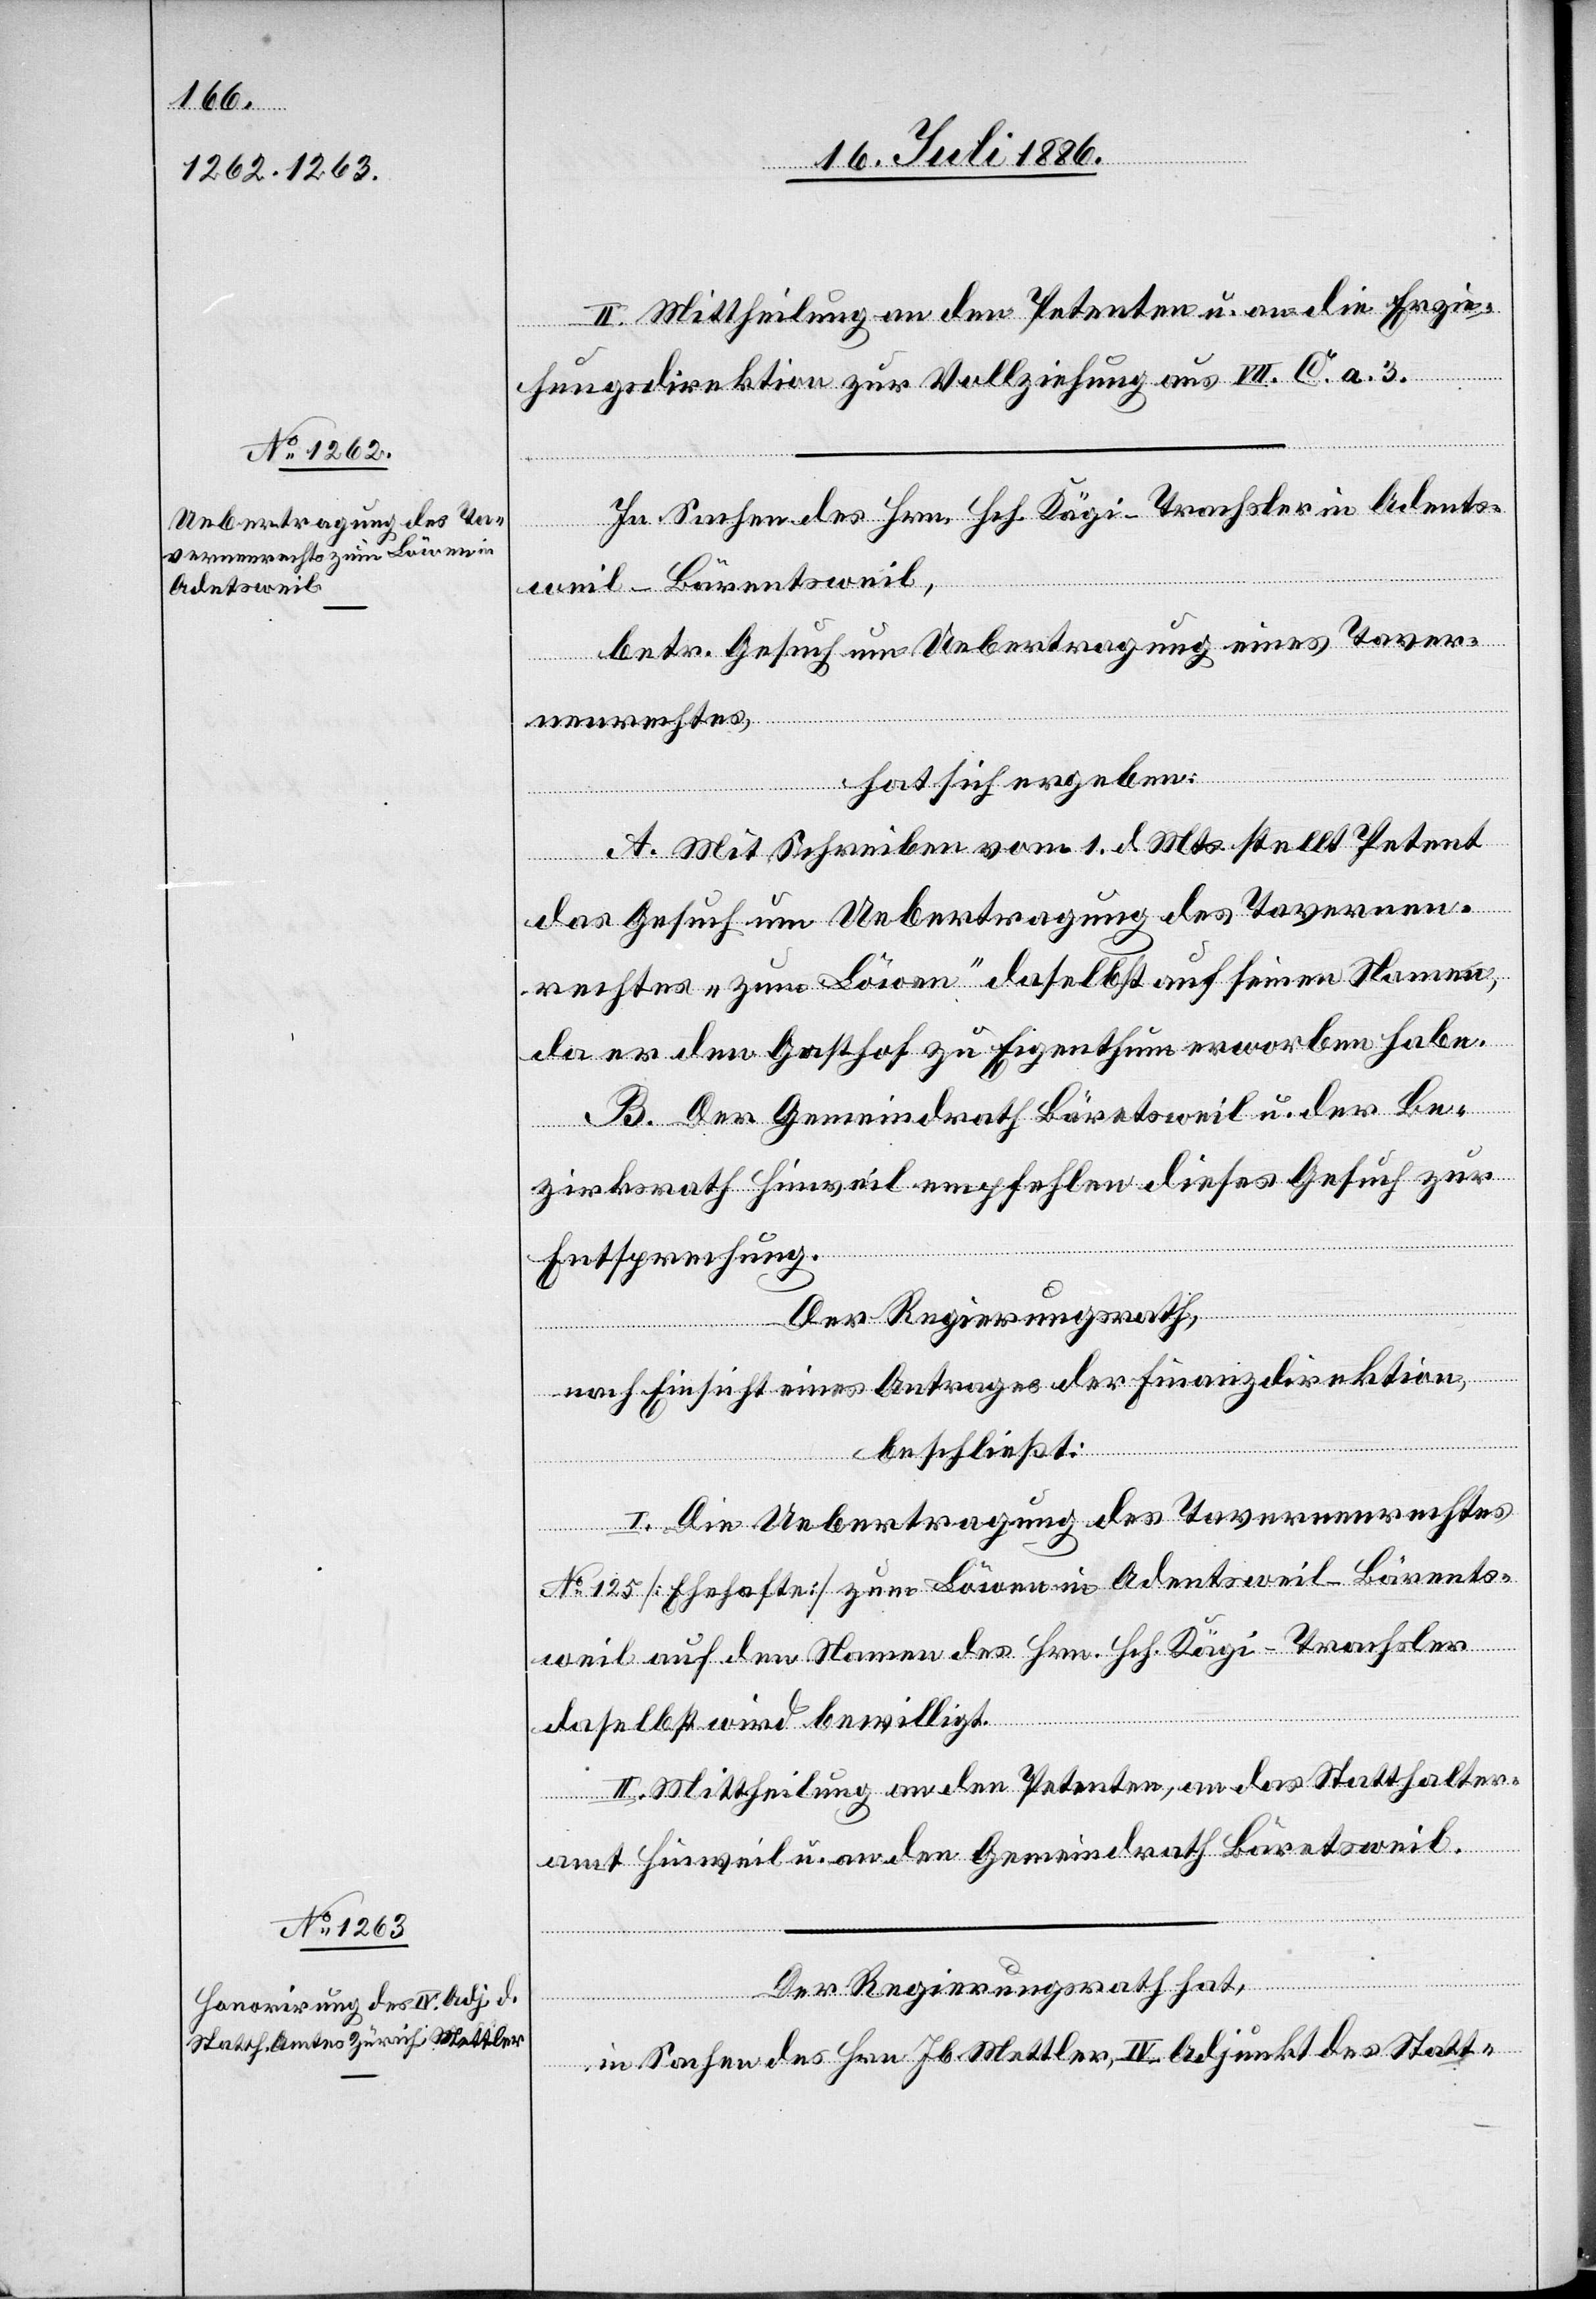
II. Mittheilung an den Petenten u. am die Erzie¬
hungsdirektion zur Vollziehung aus VII. C. a. 3.
In Sachen des Hrn. Hch. Kägi-Trachsler in Adents¬
weil - Bäretsweil,
betr. Gesuch um Uebertragung eines Taver¬
nenrechtes,
hat sich ergeben:
A. Mit Schreiben vom 1. d. Mts. stellt Petent
das Gesuch um Uebertragung des Tavernen¬
rechtes „zum Löwen“ daselbst auf seinen Namen,
da er den Gasthof zu Eigenthum erworben habe.
B. Der Gemeindrath Bäretsweil u. der Be¬
zirksrath Hinweil empfehlen dieses Gesuch zur
Entsprechung.
Der Regierungsrath,
nach Einsicht eines Antrages der Finanzdirektion,
beschließt:
I. Die Uebertragung des Tavernenrechtes
No 125 [Ehehafte] zum Löwen in Adentsweil - Bärets¬
weil auf den Namen des Hrn. Hch. Kägi-Trachsler
daselbst wird bewilligt.
II. Mittheilung an den Petenten, an das Statthalter¬
amt Hinweil u. an den Gemeindrath Bäretsweil.
Der Regierungsrath hat,
in Sachen des Hrn. Jb. Mettler, IV. Adjunkt des Statt-